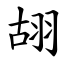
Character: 䎁